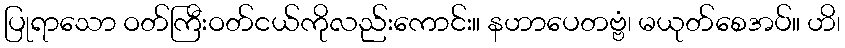
ပြုရာသော ဝတ်ကြီးဝတ်ငယ်ကိုလည်းကောင်း။ နဟာပေတဗ္ဗံ၊ မယုတ်စေအပ်။ ဟိ၊